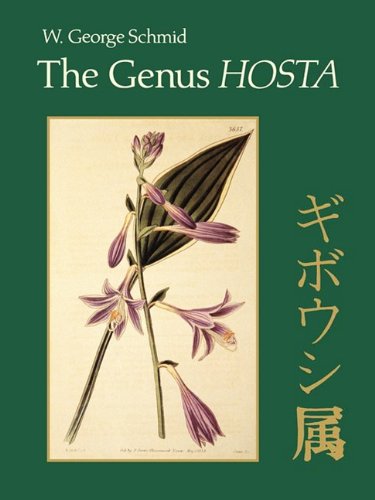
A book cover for The Genus Hosta; W. George Schmid; Crafts, Hobbies & Home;